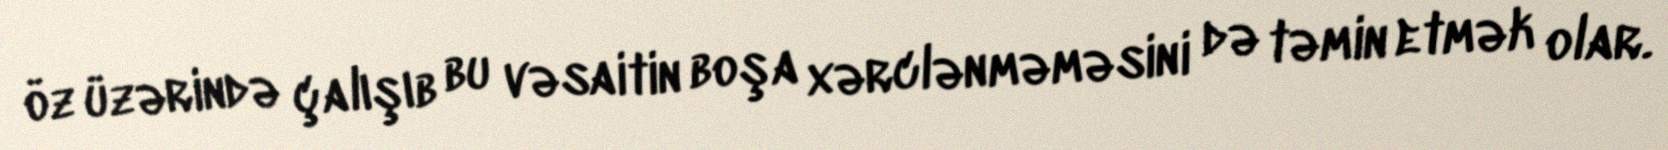
öz üzərində çalışıb bu vəsaitin boşa xərclənməməsini də təmin etmək olar.